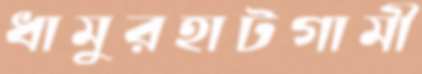
ধামুরহাটগামী